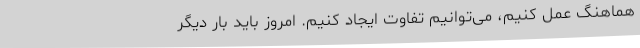
هماهنگ عمل کنیم، می‌توانیم تفاوت ایجاد کنیم. امروز باید بار دیگر